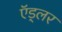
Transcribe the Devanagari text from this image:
ऍड्लर